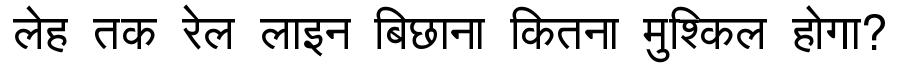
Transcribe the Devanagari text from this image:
लेह तक रेल लाइन बिछाना कितना मुश्किल होगा?